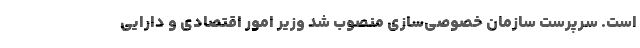
است. سرپرست سازمان خصوصی‌سازی منصوب شد وزیر امور اقتصادی و دارایی